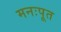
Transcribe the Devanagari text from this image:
मनःपूत